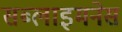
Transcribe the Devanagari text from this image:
सब्लाइमनेस